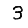
Digit: 3